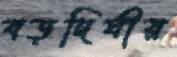
বড়দিঘীর